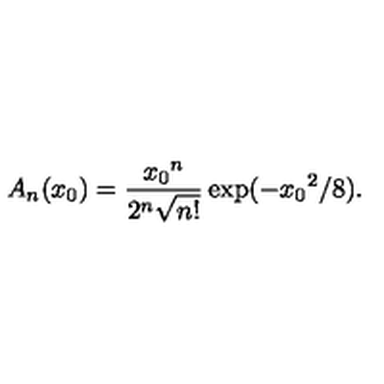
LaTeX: A _ { n } ( x _ { 0 } ) = \frac { { x _ { 0 } } ^ { n } } { 2 ^ { n } \sqrt { n ! } } \exp ( - { x _ { 0 } } ^ { 2 } / 8 ) .